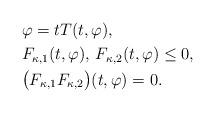
LaTeX: \begin{align*}&\varphi=tT(t,\varphi),\\&F_{\kappa,1}(t,\varphi),\,F_{\kappa,2}(t,\varphi)\leq0,\\&\big(F_{\kappa,1}F_{\kappa,2}\big)(t,\varphi)=0 .\end{align*}